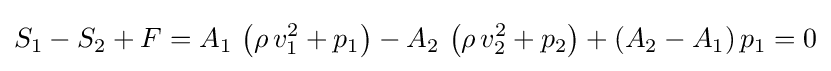
S_{1}-S_{2}+F=A_{1}\,\left(\rho \,v_{1}^{2}+p_{1}\right)-A_{2}\,\left(\rho \,v_{2}^{2}+p_{2}\right)+(A_{2}-A_{1})\,p_{1}=0